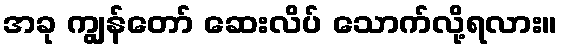
အခု ကျွန်တော် ဆေးလိပ် သောက်လို့ရလား။